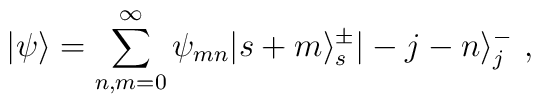
|\psi\rangle=\sum_{n,m=0}^{\infty}\psi_{mn}|s+m\rangle_s^{\pm}|-j-n\rangle_j^-~,\nonumber